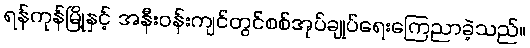
ရန်ကုန်မြို့နှင့် အနီးဝန်းကျင်တွင်စစ်အုပ်ချုပ်ရေးကြေညာခဲ့သည်။